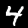
Label: 4